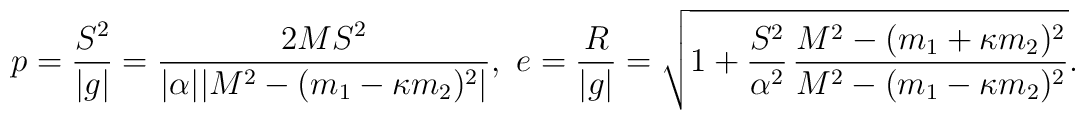
p = \frac{S^2}{\vert g\vert} = \frac{2MS^2}{\vert \alpha \vert \vert M^2 -(m_1 - \kappa m_2)^2\vert },\ \\ \ e = \frac{R}{\vert g\vert} = \sqrt{1 + \frac{S^2}{\alpha ^2}\hspace*{0.06cm}\frac{M^2 - (m_1 + \kappa m_2)^2}{M^2 - (m_1 - \kappa m_2)^2}}.